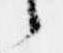
々